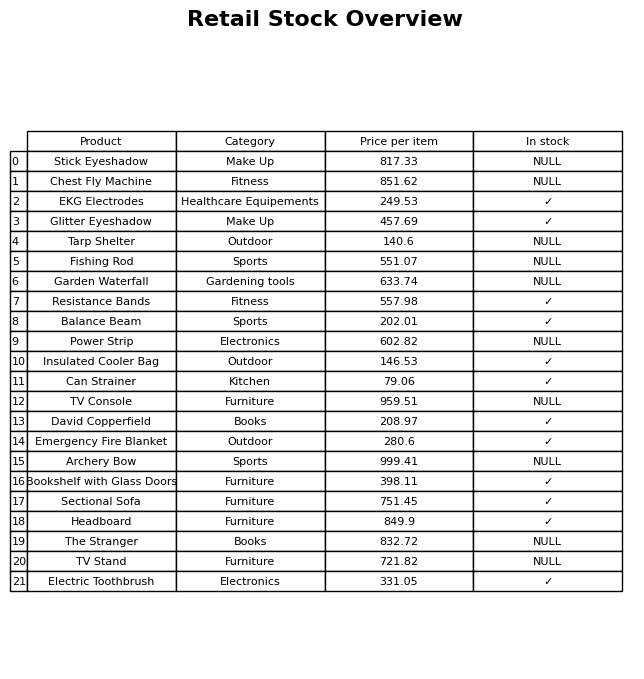
question: What is the stock status of the Chest Fly Machine?
answer: NULL